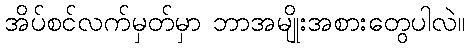
အိပ်စင်လက်မှတ်မှာ ဘာအမျိုးအစားတွေပါလဲ။